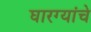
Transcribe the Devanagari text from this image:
घारग्यांचे